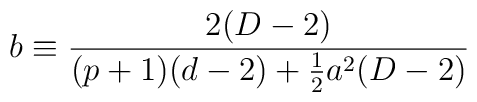
b \equiv \frac{2(D-2)}{(p+1)(d-2)+\frac{1}{2}a^2(D-2)}